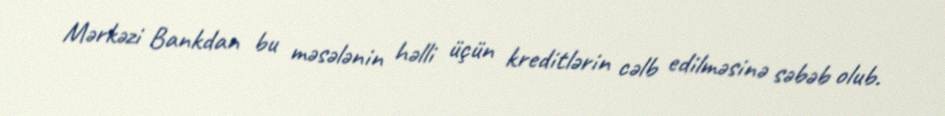
Mərkəzi Bankdan bu məsələnin həlli üçün kreditlərin cəlb edilməsinə səbəb olub.